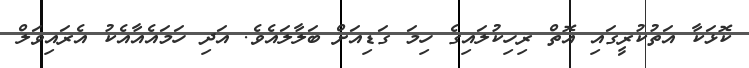
ކޮޅަކާ އަތުކުރީގައި އޮތް ރިހިކުލައިގެ ހިމަ ގަޑިއަށް ބަލާލައެވެ. އަދި ހަމައެއާއެކު އެރައިވަލް